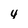
Character: 4